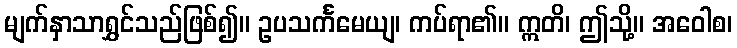
မျက်နှာသာရွှင်သည်ဖြစ်၍။ ဥပသင်္ကမေယျ၊ ကပ်ရာ၏။ ဣတိ၊ ဤသို့။ အဝေါစ၊